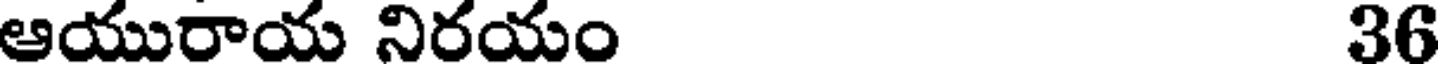
ఆయురాయ నిరయం 36